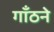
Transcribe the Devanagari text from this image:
गाँठने